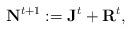
LaTeX: \begin{align*}\mathbf{N}^{t+1} := \mathbf{J}^t + \mathbf{R}^t,\end{align*}